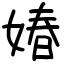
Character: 媋